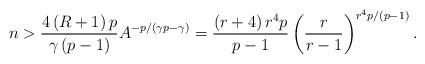
LaTeX: \begin{align*}n>\frac{4\left( R+1\right) p}{\gamma\left( p-1\right) }A^{-p/\left(\gamma p-\gamma\right) }=\frac{\left( r+4\right) r^{4}p}{p-1}\left(\frac{r}{r-1}\right) ^{r^{4}p/\left( p-1\right) }.\end{align*}